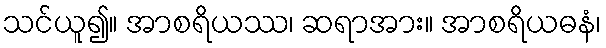
သင်ယူ၍။ အာစရိယဿ၊ ဆရာအား။ အာစရိယဓနံ၊